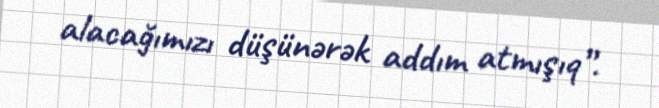
alacağımızı düşünərək addım atmışıq”.